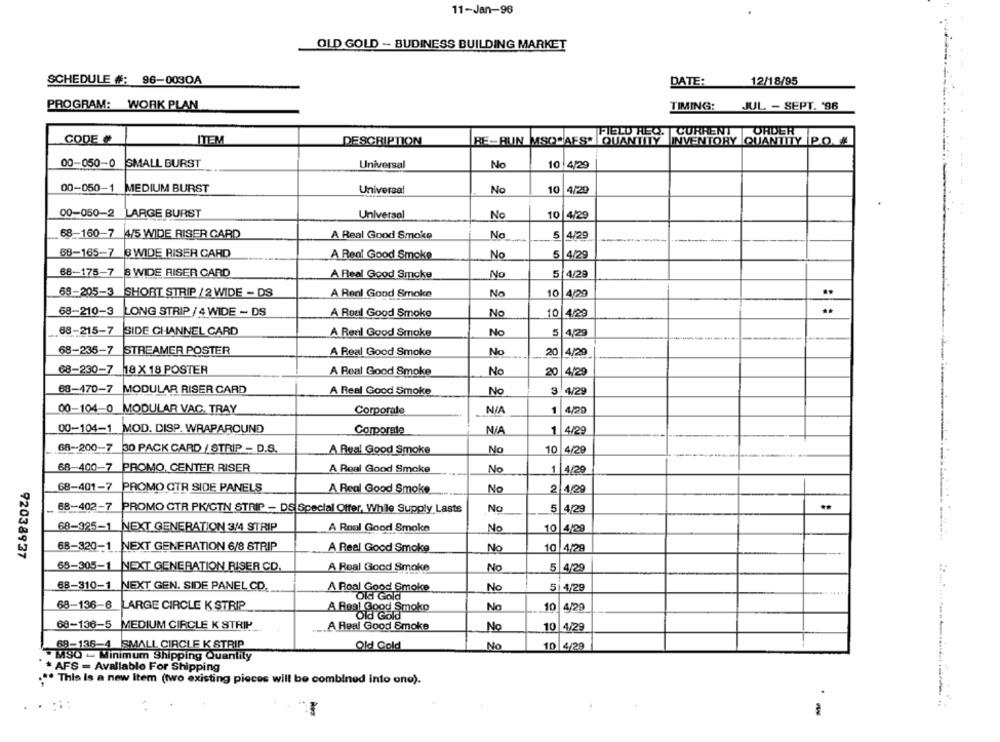
11-Jan-96
OLD GOLD - BUDINESS BUILDING MARKET
SCHEDULE #: 96-0030A
12/18/95
DATE:
PROGRAM: WORK PLAN
TIMING:
JUL - SEPT. '96
FIELD REQ.
CURRENT
ORDER
CODE #
ITEM
DESCRIPTION
BE-BUN MSQSAFS* |QUANTITY
INVENTORY QUANTITY
PO.&
00-050-0 SMALL BURST
Universal
No
10 4/29
00-050-1
MEDIUM BURST
Universal
No
10 4/29
00-050-2 LARGE BURST
Universal
No
10 4/29
68-160-7 4/5 WIDE RISER CARD
A Real Good Smoke
No
5 4/29
68-165-7
3 WIDE RISER CARD
A Real Good Smoke
No
5 4/29
68-175-7
3 WIDE RISER CARD
A Real Good Smoke
No
5 4/29
68-205-3 SHORT STRIP / 2 WIDE - DS
A Renl Good Smoke
No
10 4/29
..
68-210-3
LONG STRIP / 4 WIDE - DS
A Real Good Smoke
No
4/29
68-215-7
SIDE CHANNEL CARD
No
5 4/29
A Real Good Smaks
68-235-7
STREAMER POSTER
A Real Good Smoke
No
20
4/29
68-230-7
18 X 18 POSTER
A Real Good Smoke
No
20
4/29
68-470-7
MODULAR RISER CARD
A Real Good Smoke
3 4/29
00-104-0_MODULAR VAC. TRAY
NIA
Corporale
1 4/20
00-104-1 MOD. DISP. WRAPAROUND
Corporate
1 4/29
68-200-7 30 PACK CARD / STRIP - D.S.
A Real Good Smoke
Nc
10 4/29
68-400-7 PROMO CENTER RISER
A Real Good Smoke
No
1 4/20
68-401-7 PROMO CTR SIDE PANELS
A Real Good Smoke
No
2 4/29
68-402-7 PROMO CTR PK/GTN STRIP - DS Special Offer, While Supply Lasts
No
5 4/29
..
68-925-1 NEXT GENERATION 3/4 STRIP
A Roul Good Smoke
No
10 4/29
68-320-1 NEXT GENERATION 6/8 STRIP
A Real Good Smoke
No
10 4/29
92038937
68-305-1
NEXT GENERATION RISER CD.
A Real Good Smoke
No
5 4/29
68-310-1
NEXT GEN. SIDE PANEL CD.
A Roal Good Smoke
No
5| 4/29
Old Gold
68-136-6 LARGE CIRCLE K STRIP
A Real Good Smoko
No
10 4/29
Old Gold
68-136-5 MEDIUM CIRCLE K STRIP
A Real Good Smoke
No
10 4/29
Old Gold
No
10 4/29
68-136-4 SMALL CIRCLE K STRIP
> MSO - Minimum Shipping Quantity
* AFS = Available For Shipping
This Is a new Item (two existing pieces will be combined into ono).